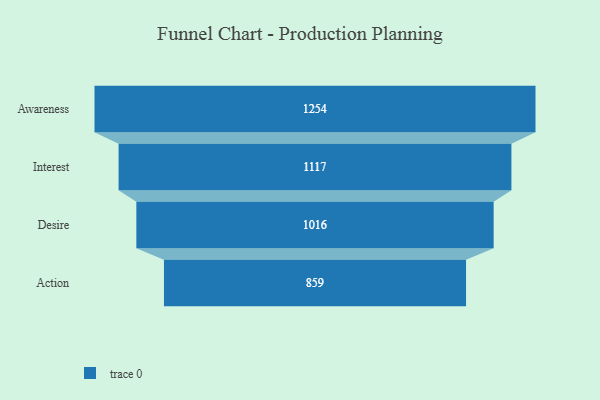
{"axis": {"x": "Stage", "y": "Value"}, "legend": [""], "data": [{"x": "Awareness", "y": 1254.0, "type": ""}, {"x": "Interest", "y": 1117.0, "type": ""}, {"x": "Desire", "y": 1016.0, "type": ""}, {"x": "Action", "y": 859.0, "type": ""}]}